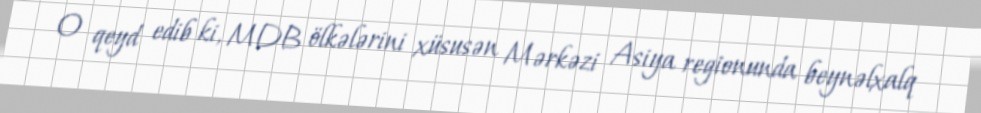
O qeyd edib ki, MDB ölkələrini xüsusən Mərkəzi Asiya regionunda beynəlxalq